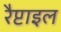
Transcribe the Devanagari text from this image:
रैप्टाइल